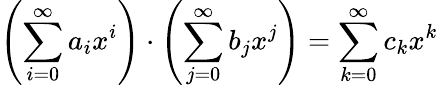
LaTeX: \left(\sum_{i=0}^{\infty}a_{i}x^{i}\right)\cdot\left(\sum_{j=0}^{\infty}b_{j}x^{j}\right)=\sum_{k=0}^{\infty}c_{k}x^{k}